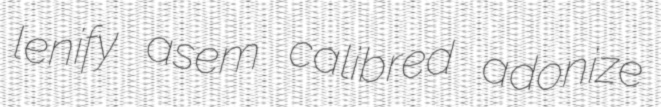
lenify asem calibred adonize